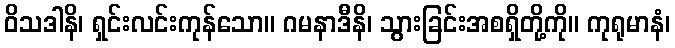
ဝိသဒါနိ၊ ရှင်းလင်းကုန်သော။ ဂမနာဒီနိ၊ သွားခြင်းအစရှိတို့ကို။ ကုရုမာနံ၊